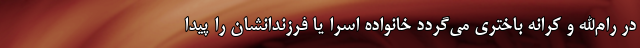
در رام‌الله و کرانه باختری می‌گردد خانواده اسرا یا فرزندانشان را پیدا